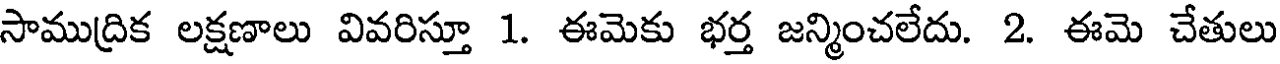
సాముద్రిక లక్షణాలు వివరిస్తూ 1. ఈమెకు భర్త జన్మించలేదు. 2. ఈమె చేతులు